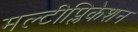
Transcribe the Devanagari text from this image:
मल्टीप्लिकेशन